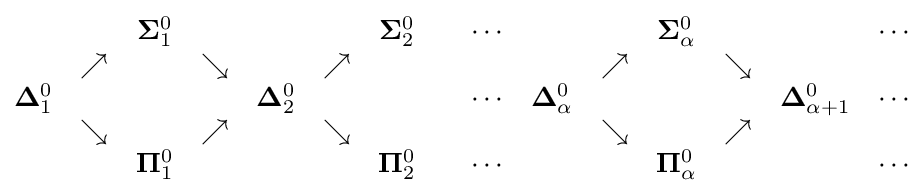
{\begin{matrix}&&\mathbf {\Sigma } _{1}^{0}&&&&\mathbf {\Sigma } _{2}^{0}&&\cdots \\&\nearrow &&\searrow &&\nearrow \\\mathbf {\Delta } _{1}^{0}&&&&\mathbf {\Delta } _{2}^{0}&&&&\cdots \\&\searrow &&\nearrow &&\searrow \\&&\mathbf {\Pi } _{1}^{0}&&&&\mathbf {\Pi } _{2}^{0}&&\cdots \end{matrix}}{\begin{matrix}&&\mathbf {\Sigma } _{\alpha }^{0}&&&\cdots \\&\nearrow &&\searrow \\\quad \mathbf {\Delta } _{\alpha }^{0}&&&&\mathbf {\Delta } _{\alpha +1}^{0}&\cdots \\&\searrow &&\nearrow \\&&\mathbf {\Pi } _{\alpha }^{0}&&&\cdots \end{matrix}}